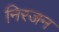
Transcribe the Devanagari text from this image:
निरजन